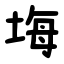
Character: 㙁